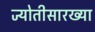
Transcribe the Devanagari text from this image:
ज्योतीसारख्या